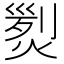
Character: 𤋴